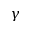
\gamma